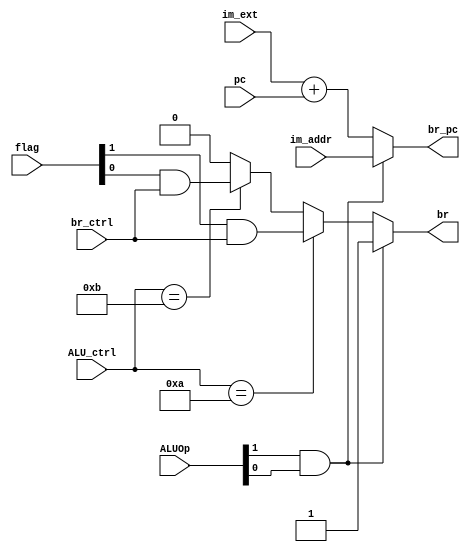
`timescale 1ns / 1ps
//////////////////////////////////////////////////////////////////////////////////
// Company: 
// Engineer: 
// 
// Design Name: 
// Module Name:    Branch 
// Project Name: 
// Target Devices: 
// Tool versions: 
// Description: 
//
// Dependencies: 
//
// Revision: 
// Revision 0.01 - File Created
// Additional Comments: 
//
//////////////////////////////////////////////////////////////////////////////////
module Branch(ALU_ctrl,im_addr,im_ext,pc,br_ctrl,ALUOp,flag,br_pc,br);
input [31:0] im_ext,pc,im_addr;
input br_ctrl;
input [3:0] ALU_ctrl;
input [1:0] flag;
input [1:0] ALUOp;
output reg[31:0] br_pc;
output  reg br;
reg [2:0] x;
always@(*)
begin
	if(ALUOp[1] & ALUOp[0]) 		//Whenever AND operation of both bits of ALUOp is high 
	begin 
		br_pc = im_addr;   		//Immediate address will go to br_pc variable
		br = 1; 			// 'br'(select line in Fetch stage) goes high
	end
	else
	begin
		br_pc = im_ext + pc;   		// if above condition fails then, immediate extended value is added to PC and assigned to br_pc
	if(ALU_ctrl == 4'd10) 			//when ALU_ctrl is 10(decimal)
		br = flag[1] & br_ctrl;  	//we check whether there is a branching instruction or not and also carry is generating or not. if yes, then br goes high
	else if(ALU_ctrl == 4'd11) 		// if ALU_ctrl has a value 11(dec) then,
		br = flag[0] & br_ctrl; 	// again checking if instruction is a branch and also zero flag is generating or not, if yes, then br goes high
	else
		br = 0;				//If nothing satisfies then 'br' remains low.
	end 
end
endmodule